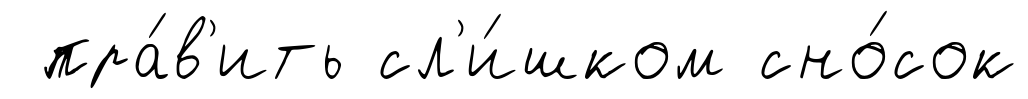
пра́в'ить сл'и́шком сно́сок